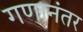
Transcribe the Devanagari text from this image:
गणानंतर